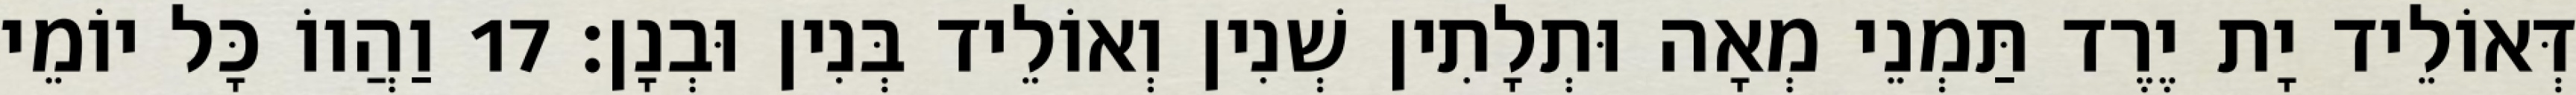
דְּאוֹלֵיד יָת יֶרֶד תַּמְנֵי מְאָה וּתְלָתִין שְׁנִין וְאוֹלֵיד בְּנִין וּבְנָן׃ 17 וַהֲווֹ כָּל יוֹמֵי